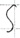
Text: S